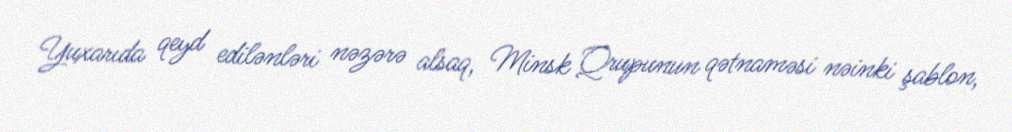
Yuxarıda qeyd edilənləri nəzərə alsaq, Minsk Qrupunun qətnaməsi nəinki şablon,